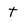
Character: t